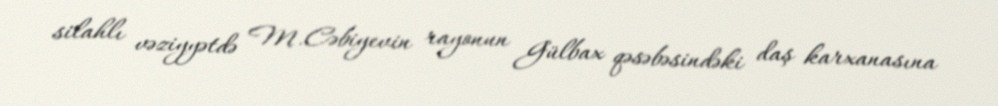
silahlı vəziyyətdə M.Cəbiyevin rayonun Gülbax qəsəbəsindəki daş karxanasına